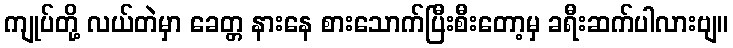
ကျုပ်တို့ လယ်တဲမှာ ခေတ္တ နားနေ စားသောက်ပြီးစီးတော့မှ ခရီးဆက်ပါလားဗျ။